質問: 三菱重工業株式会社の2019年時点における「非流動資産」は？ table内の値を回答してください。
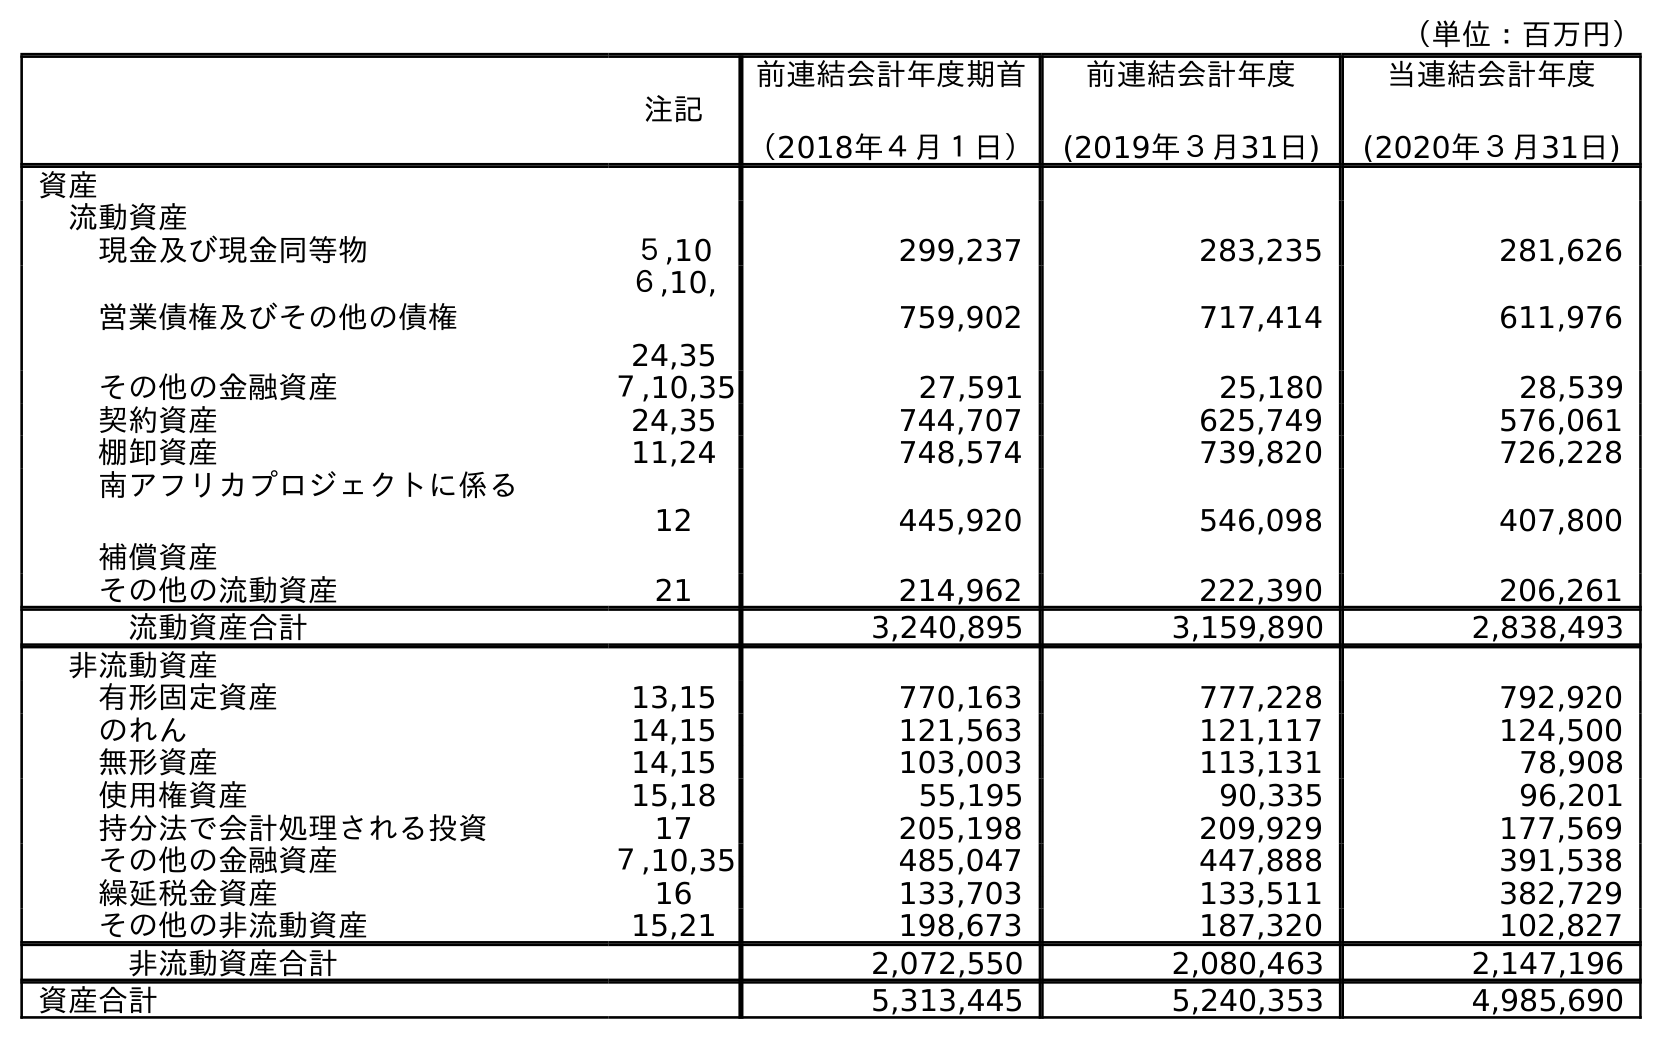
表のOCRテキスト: （単位：百万円） 注記 前連結会計年度期首 （2018年４月１日） 前連結会計年度 (2019年３月31日) 当連結会計年度 (2020年３月31日) 資産 流動資産 現金及び現金同等物 ５,10 299,237 283,235 281,626 営業債権及びその他の債権 ６,10, 24,35 759,902 717,414 611,976 その他の金融資産 ７,10,35 27,591 25,180 28,539 契約資産 24,35 744,707 625,749 576,061 棚卸資産 11,24 748,574 739,820 726,228 南アフリカプロジェクトに係る 補償資産 12 445,920 546,098 407,800 その他の流動資産 21 214,962 222,390 206,261 流動資産合計 3,240,895 3,159,890 2,838,493 非流動資産 有形固定資産 13,15 770,163 777,228 792,920 のれん 14,15 121,563 121,117 124,500 無形資産 14,15 103,003 113,131 78,908 使用権資産 15,18 55,195 90,335 96,201 持分法で会計処理される投資 17 205,198 209,929 177,569 その他の金融資産 ７,10,35 485,047 447,888 391,538 繰延税金資産 16 133,703 133,511 382,729 その他の非流動資産 15,21 198,673 187,320 102,827 非流動資産合計 2,072,550 2,080,463 2,147,196 資産合計 5,313,445 5,240,353 4,985,690
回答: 2,080,463